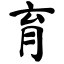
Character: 育